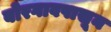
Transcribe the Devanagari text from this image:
बोरगावपासून